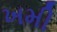
ખમી